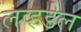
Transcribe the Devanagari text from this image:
लव्हडेल